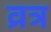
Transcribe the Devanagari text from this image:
व्रत्र